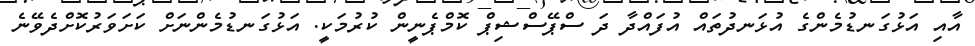
އާއި އަޅުގަނޑުމެންގެ އުޅަނދުތައް އުފައްދާ ދަ ސްޕޭސްޝިޕް ކޮމްޕެނީން ކުރުމަކީ. އަޅުގަނޑުމެންނަށް ކަށަވަރުކޮށްދެވޭނެ